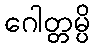
ဂေါတ္တမ္ပိ